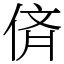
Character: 㑪